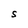
Character: S